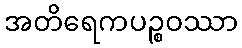
အတိရေကပဉ္စဝဿာ